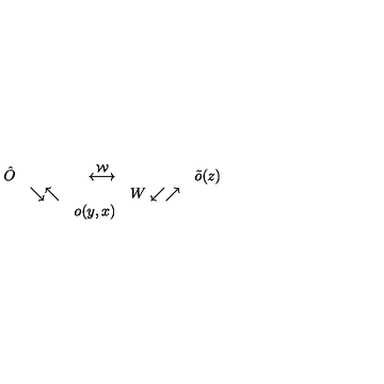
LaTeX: \begin{array} { r l r l r l } { \hat { O } } & { } & { \stackrel { \cal W } { \longleftrightarrow } } & { } & { \tilde { o } ( z ) \nonumber } \\ { } & { \searrow \nwarrow } & { } & { W \swarrow \nearrow } & { \nonumber } \\ { } & { } & { o ( y , x ) } & { } & { } \\ \end{array}